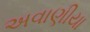
અવાણીયા